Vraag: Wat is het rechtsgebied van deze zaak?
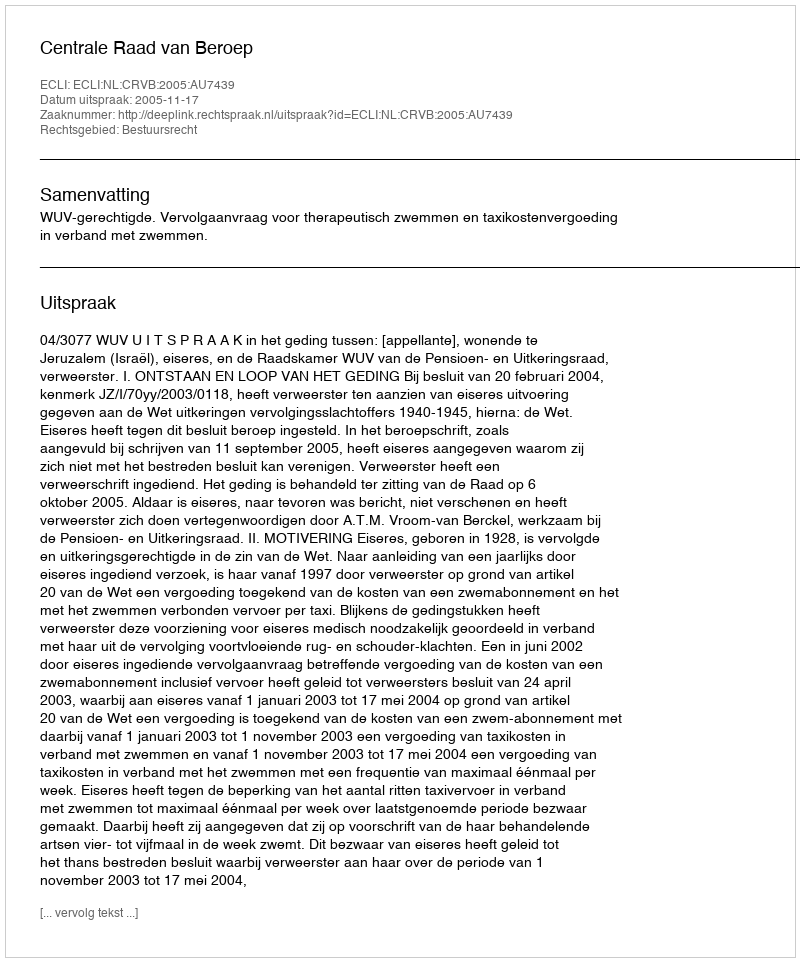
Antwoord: Bestuursrecht